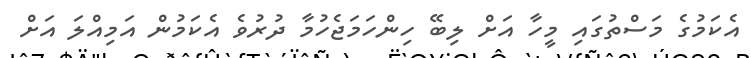
އެކަމުގެ މަސްތުގައި މީހާ އަށް ލިބޭ ހިންހަމަޖެހުމާ ދުރުވެ އެކަމުން އަމިއްލަ އަށް